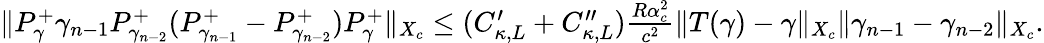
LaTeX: \begin{array}{r}{\| P_{\gamma}^{+}\gamma_{n-1}P_{\gamma_{n-2}}^{+}(P_{\gamma_{n-1}}^{+}-P_{\gamma_{n-2}}^{+})P_{\gamma}^{+}\| _{X_{c}}\leq(C_{\kappa,L}^{\prime}+C_{\kappa,L}^{\prime\prime})\frac{R\alpha_{c}^{2}}{c^{2}}\| T(\gamma)-\gamma\| _{X_{c}}\| \gamma_{n-1}-\gamma_{n-2}\| _{X_{c}}.}\end{array}